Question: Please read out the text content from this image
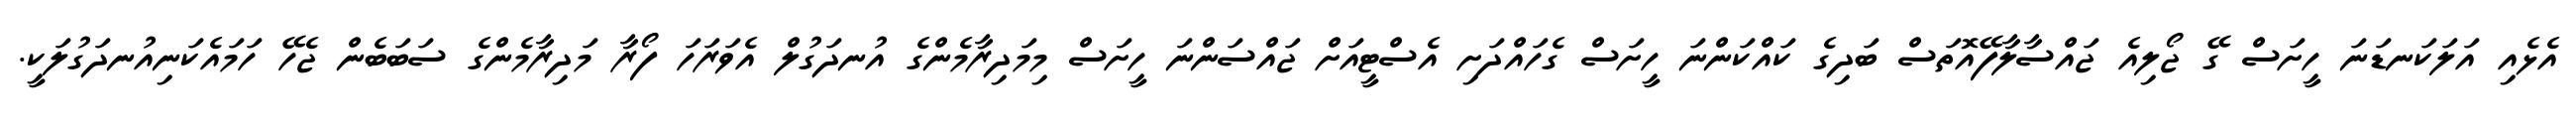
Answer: އެޅެއި އަލަކަނޑަނަ ހީށަސް ގޭ ޖޯލިއެ ޖައްސާލާފޭއޮތަސް ބަދިގެ ކައްކަންނަ ހީށަސް ގެހައްދަށި އެސްޓީއަށް ޖައްސަންނަ ހީށަސް މިމަދިރާމެންގެ އުނދަގުލް އެވަރަހަ ފޯރާ މަދިރާމެންގެ ސަބަބެން ޖެހޭ ހަމައެކަނިއުނދަގުލަކީ.